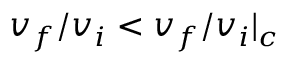
v _ { f } / v _ { i } < v _ { f } / v _ { i } | _ { c }